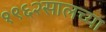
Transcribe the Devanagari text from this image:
१९६२सालच्या